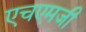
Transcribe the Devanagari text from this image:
एचएमजी